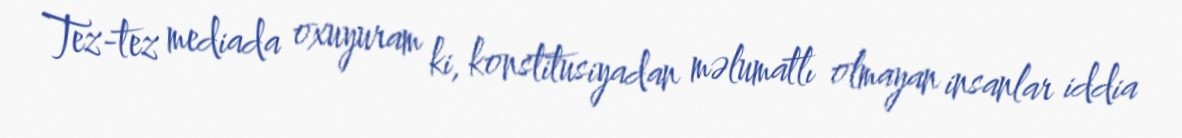
Tez-tez mediada oxuyuram ki, konstitusiyadan məlumatlı olmayan insanlar iddia